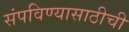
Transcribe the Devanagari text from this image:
संपविण्यासाठीची